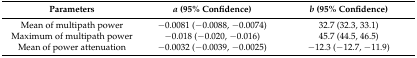
| Parameters | a (95% Confidence) | b (95% Confidence) |
 | --- | --- | --- |
 | Mean of multipath power | −0.0081 (−0.0088, −0.0074) | 32.7 (32.3, 33.1) |
 | Maximum of multipath power | −0.018 (−0.020, −0.016) | 45.7 (44.5, 46.5) |
 | Mean of power attenuation | −0.0032 (−0.0039, −0.0025) | −12.3 (−12.7, −11.9) |